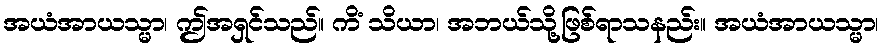
အယံအာယသ္မာ၊ ဤအရှင်သည်။ ကိံ သိယာ၊ အဘယ်သို့ဖြစ်ရာသနည်း။ အယံအာယသ္မာ၊